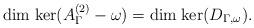
LaTeX: \begin{align*} \mathrm{dim}\; \mathrm{ker} (A_{\Gamma}^{(2)} - \omega) = \mathrm{dim}\; \mathrm{ker} ( D_{\Gamma, \omega } ) . \end{align*}